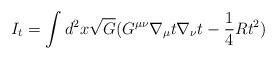
LaTeX: \begin{align*}I_{t}= \int d^{2}x \sqrt{G}(G^{\mu \nu}\nabla_{\mu}t\nabla_{\nu}t - \frac{1}{4}Rt^{2})\end{align*}